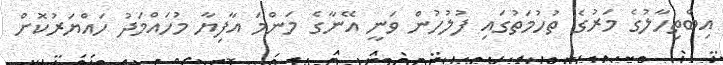
އިބްތިހާލުގެ މަރުގެ ތުހުމަތުގައި ފުލުހުން ވަނީ އޭނާގެ މަންމަ އާފިޔާ މުހައްމަދު ހައްޔަރުކޮށް